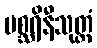
မစ္ဆရိနီသုတ္တံ